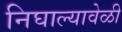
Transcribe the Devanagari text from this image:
निघाल्यावेळी